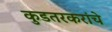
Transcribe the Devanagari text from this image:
कुडतरकरांचे